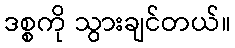
ဒစ္စကို သွားချင်တယ်။